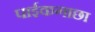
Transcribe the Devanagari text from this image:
पाईकगाछा